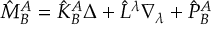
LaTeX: \hat { M } _ { B } ^ { A } = \hat { K } _ { B } ^ { A } \Delta + \hat { L } ^ { \lambda } \nabla _ { \lambda } + \hat { P } _ { B } ^ { A }